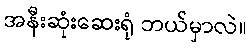
အနီးဆုံးဆေးရုံ ဘယ်မှာလဲ။